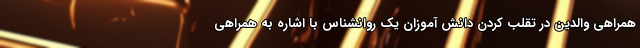
همراهی والدین در تقلب کردن دانش آموزان یک روانشناس با اشاره به همراهی